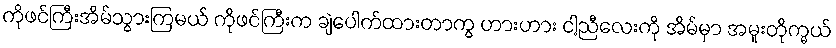
ကိုဖင်ကြီးအိမ်သွားကြမယ် ကိုဖင်ကြီးက ချဲပေါက်ထားတာကွ ဟားဟား ငါ့ညီလေးကို အိမ်မှာ အမူးတိုက္မယ်